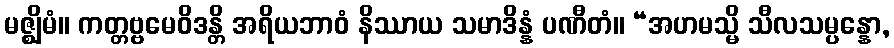
မဇ္ဈိမံ။ ကတ္တဗ္ဗမေဝိဒန္တိ အရိယဘာဝံ နိဿာယ သမာဒိန္နံ ပဏီတံ။ “အဟမသ္မိ သီလသမ္ပန္နော,